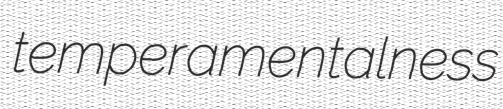
temperamentalness